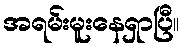
အရမ်းမူးနေရှာပြီ။